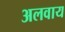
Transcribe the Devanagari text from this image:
अलवाय